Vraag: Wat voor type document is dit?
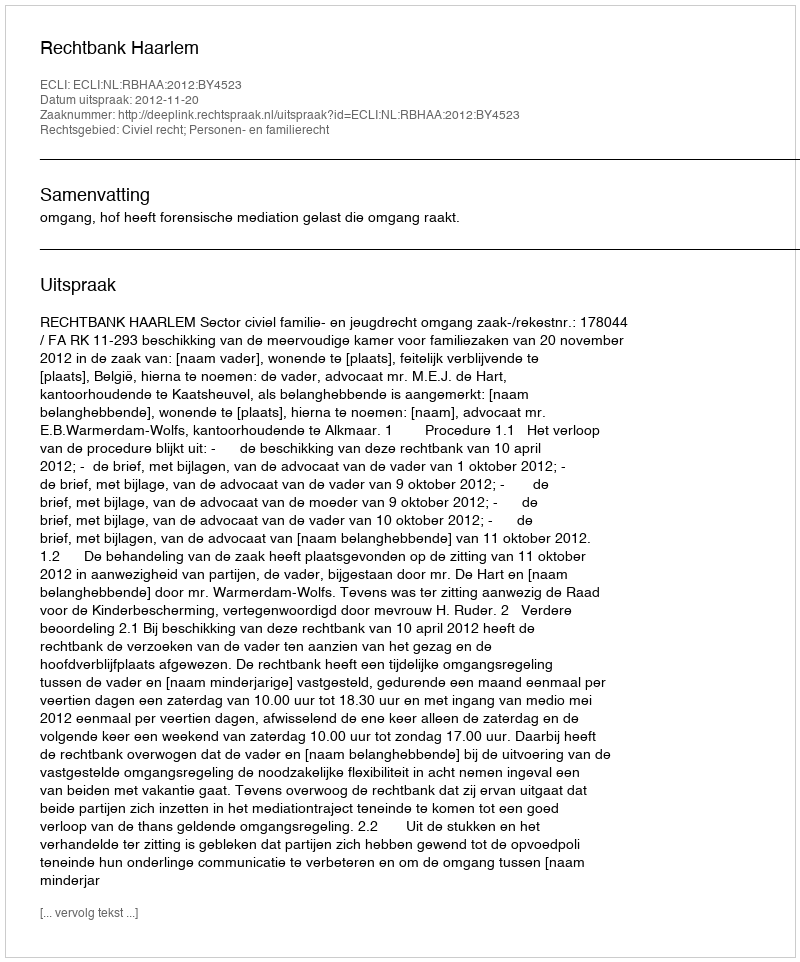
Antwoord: Uitspraak